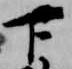
下